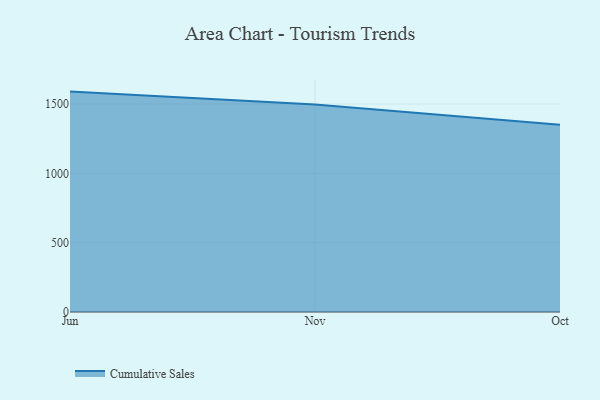
{"axis": {"x": "Month", "y": "Population (Million)"}, "legend": ["Cumulative Sales"], "data": [{"x": "Jun", "y": 1589.1, "type": "Cumulative Sales"}, {"x": "Nov", "y": 1496.2, "type": "Cumulative Sales"}, {"x": "Oct", "y": 1350.8, "type": "Cumulative Sales"}]}